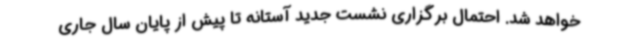
خواهد شد. احتمال برگزاری نشست جدید آستانه تا پیش از پایان سال جاری